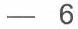
- 6